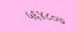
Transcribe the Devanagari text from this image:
५६४८०७